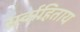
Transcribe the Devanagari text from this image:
सर्वाहिताय